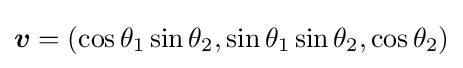
{\boldsymbol {v}}=(\cos \theta _{1}\sin \theta _{2},\sin \theta _{1}\sin \theta _{2},\cos \theta _{2})